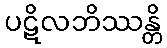
ပဋိလဘိဿန္တိ